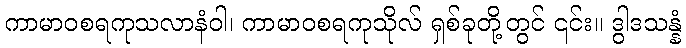
ကာမာဝစရကုသလာနံဝါ၊ ကာမာဝစရကုသိုလ် ရှစ်ခုတို့တွင် ၎င်း။ ဒွါဒသန္နံ